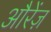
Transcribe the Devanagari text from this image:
औरेंज़